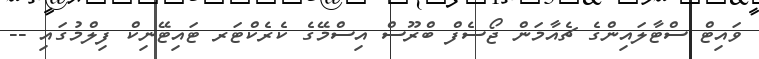
ވައިޓް ސްޓާލައިންގެ ޗެއާމަން ޖޯސެފް ބްރޫސް އިސްމޭގެ ކެރެކްޓަރ ޓައިޓޭނިކް ފިލްމުގައި --